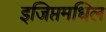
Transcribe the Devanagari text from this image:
इजिप्तमधिल